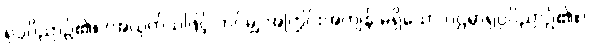
ရုပ္ပဝိညာဉ်၏။ (အယုတ်သဖြင့် ဘင်မျှ အကြွင်းအကျန် မရှိသော ပဌမာရုပ္ပဝိညာဉ်၏။)